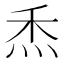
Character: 𤇕